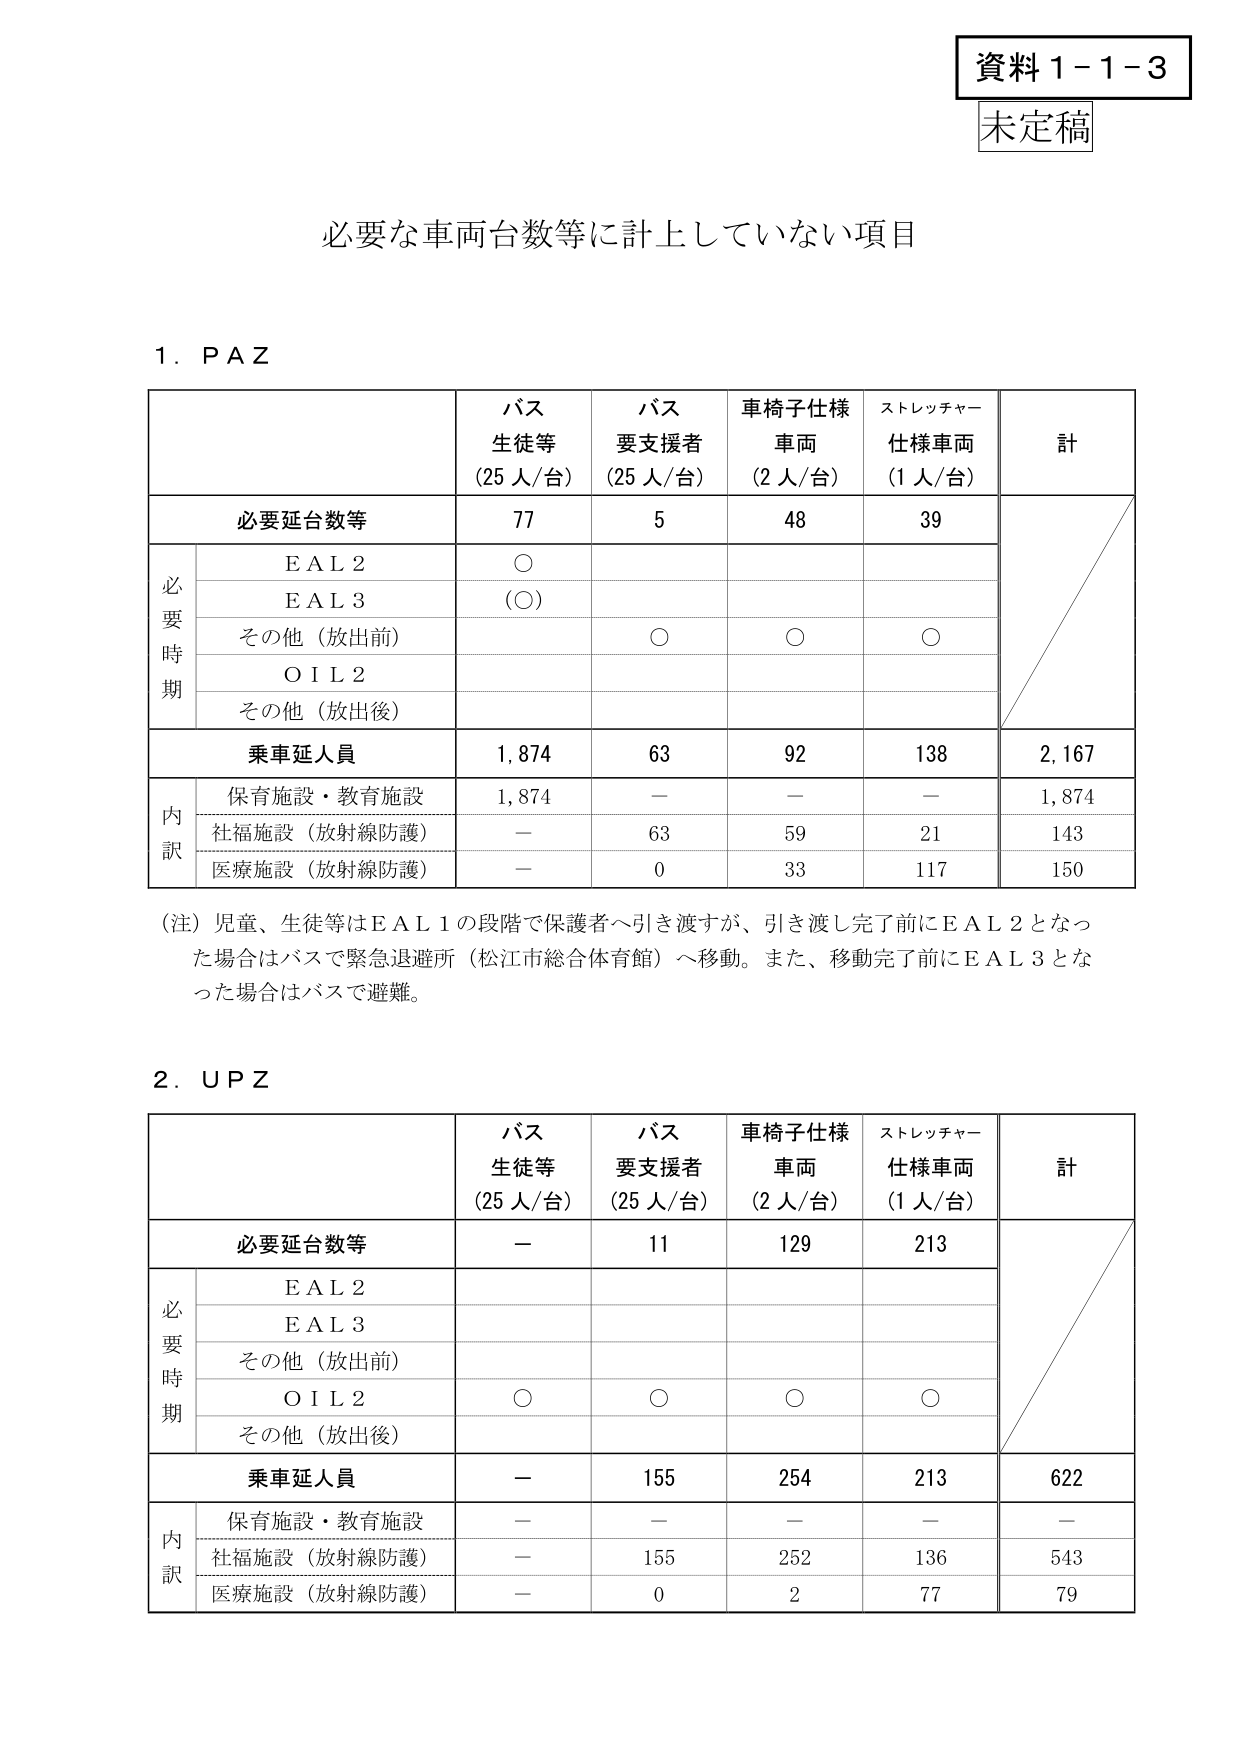
資料１－１－３
未定稿

必要な車両台数等に計上していない項目

１．ＰＡＺ

| | バス 生徒等 （25人/台） | バス 要支援者 （25人/台） | 車椅子仕様 車両 （2人/台） | ストレッチャー 仕様車両 （1人/台） | 計 |
|---|---|---|---|---|---|
| 必要延台数等 | 77 | 5 | 48 | 39 | |
| 必要時期 | | | | | |
| | ＥＡＬ２ | ○ | | | |
| | ＥＡＬ３ | （○） | | | |
| | その他（放出前） | | ○ | ○ | ○ |
| | ＯＩＬ２ | | | | |
| | その他（放出後） | | | | |
| 乗車延人員 | 1,874 | 63 | 92 | 138 | 2,167 |
| 内訳 | 保育施設・教育施設 | 1,874 | — | — | — | 1,874 |
| | 社福施設（放射線防護） | — | 63 | 59 | 21 | 143 |
| | 医療施設（放射線防護） | — | 0 | 33 | 117 | 150 |

（注）児童、生徒等はＥＡＬ１の段階で保護者へ引き渡すが、引き渡し完了前にＥＡＬ２となった場合はバスで緊急退避所（松江市総合体育館）へ移動。また、移動完了前にＥＡＬ３となった場合はバスで避難。

２．ＵＰＺ

| | バス 生徒等 （25人/台） | バス 要支援者 （25人/台） | 車椅子仕様 車両 （2人/台） | ストレッチャー 仕様車両 （1人/台） | 計 |
|---|---|---|---|---|---|
| 必要延台数等 | — | 11 | 129 | 213 | |
| 必要時期 | | | | | |
| | ＥＡＬ２ | | | | |
| | ＥＡＬ３ | | | | |
| | その他（放出前） | | | | |
| | ＯＩＬ２ | ○ | ○ | ○ | ○ |
| | その他（放出後） | | | | |
| 乗車延人員 | — | 155 | 254 | 213 | 622 |
| 内訳 | 保育施設・教育施設 | — | — | — | — | — |
| | 社福施設（放射線防護） | — | 155 | 252 | 136 | 543 |
| | 医療施設（放射線防護） | — | 0 | 2 | 77 | 79 |